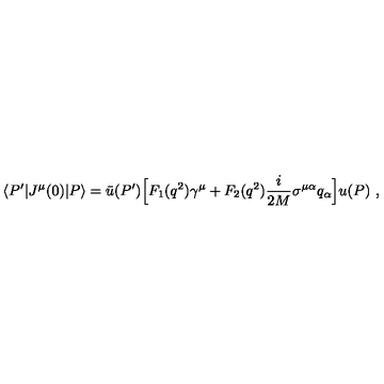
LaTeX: \langle P ^ { \prime } | J ^ { \mu } ( 0 ) | P \rangle = \bar { u } ( P ^ { \prime } ) \Big [ F _ { 1 } ( q ^ { 2 } ) \gamma ^ { \mu } + F _ { 2 } ( q ^ { 2 } ) { \frac { i } { 2 M } } \sigma ^ { \mu \alpha } q _ { \alpha } \Big ] u ( P ) \ ,